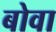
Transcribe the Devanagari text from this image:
बोवा